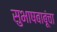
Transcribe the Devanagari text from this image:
सुभाषबाबूंचा